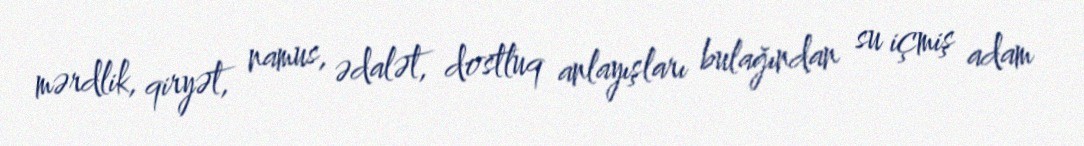
mərdlik, qiryət, namus, ədalət, dostluq anlayışları bulağından su içmiş adam